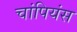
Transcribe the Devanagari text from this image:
चांपियंस